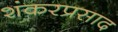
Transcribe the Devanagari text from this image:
शंकरप्रसाद